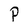
Character: P